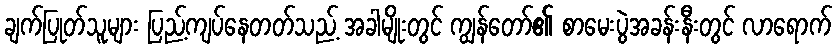
ချက်ပြုတ်သူများ ပြည့်ကျပ်နေတတ်သည့် အခါမျိုးတွင် ကျွန်တော်၏ စာမေးပွဲအခန်းနီးတွင် လာရောက်